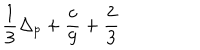
\frac { 1 } { 3 } \Delta _ { p } + \frac { c } { 9 } + \frac { 2 } { 3 }